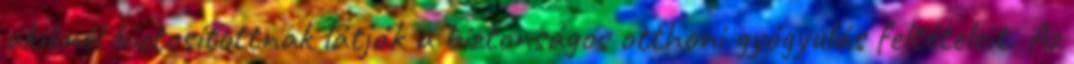
akiknél biztosítottnak látják a biztonságos otthoni gyógyulás feltételeit. Az